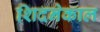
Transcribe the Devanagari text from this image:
शिदनेकाल